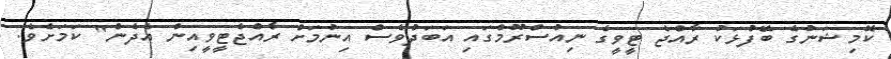
ކޮމިޝަނުގެ ބޭފުޅަކު ރާއްޖެ ޓީވީގެ ނިއުސްރޫމްގައި އަބަދުވެސް އިނުމަށް ރާއްޖެޓީވީއިން އެދެން" ކަމަށެވެ.